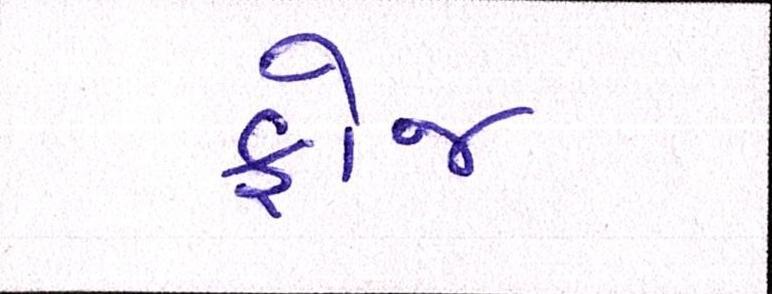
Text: ફોજ